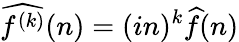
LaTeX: {\widehat{f^{(k)}}}(n)=(in)^{k}{\widehat{f}}(n)